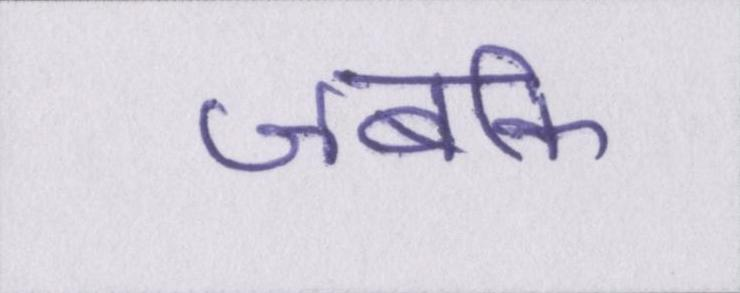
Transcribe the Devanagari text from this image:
जबकि